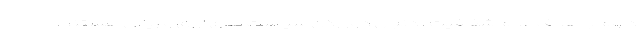
داوم با هدف عدم شفافیت ، دنبال دور زدن سیاست های ارزی و ریالی هستند،